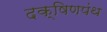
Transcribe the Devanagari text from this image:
दक्षिणपंथ